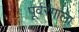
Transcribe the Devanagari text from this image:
पूर्वरंगाला